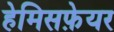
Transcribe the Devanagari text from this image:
हेमिसफ़ेयर